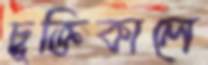
চুক্তিকালে